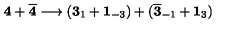
{ \bf 4 } + \overline { { \bf 4 } } \longrightarrow ( { \bf 3 } _ { 1 } + { \bf 1 } _ { - 3 } ) + ( \overline { { \bf 3 } } _ { - 1 } + { \bf 1 } _ { 3 } )